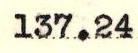
137.24